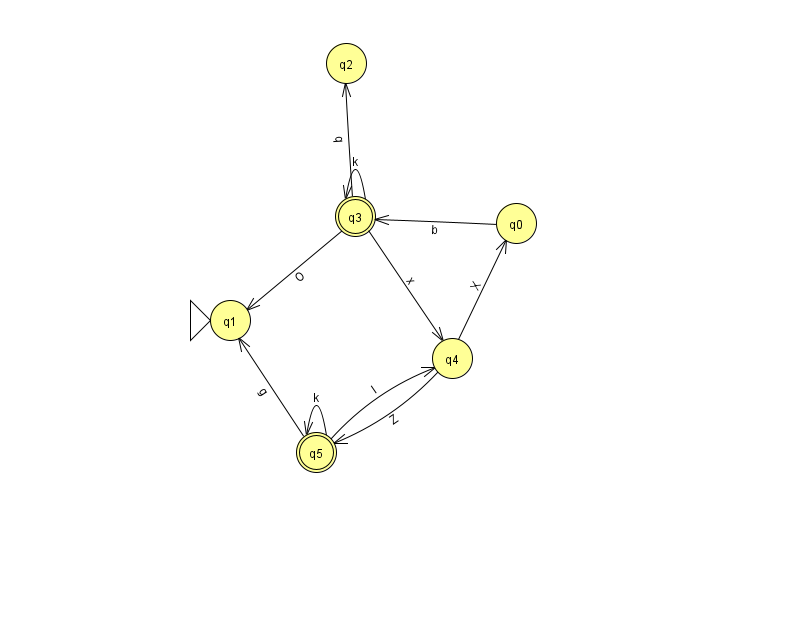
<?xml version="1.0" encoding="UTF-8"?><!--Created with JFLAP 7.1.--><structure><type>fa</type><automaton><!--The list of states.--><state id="0" name="q0"><x>516.0</x><y>210.0</y></state><state id="1" name="q1"><x>230.0</x><y>307.0</y><initial/></state><state id="2" name="q2"><x>346.0</x><y>50.0</y></state><state id="3" name="q3"><x>355.0</x><y>203.0</y><final/></state><state id="4" name="q4"><x>452.0</x><y>345.0</y></state><state id="5" name="q5"><x>316.0</x><y>439.0</y><final/></state><!--The list of transitions.--><transition><from>3</from><to>1</to><read>O</read></transition><transition><from>3</from><to>4</to><read>x</read></transition><transition><from>5</from><to>1</to><read>g</read></transition><transition><from>4</from><to>0</to><read>X</read></transition><transition><from>5</from><to>4</to><read>l</read></transition><transition><from>3</from><to>3</to><read>k</read></transition><transition><from>5</from><to>5</to><read>k</read></transition><transition><from>0</from><to>3</to><read>b</read></transition><transition><from>3</from><to>2</to><read>q</read></transition><transition><from>4</from><to>5</to><read>Z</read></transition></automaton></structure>